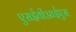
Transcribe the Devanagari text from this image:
एसईवीआईएस